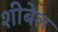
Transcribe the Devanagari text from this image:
शीबेल